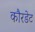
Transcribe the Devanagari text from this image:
कौरडेट